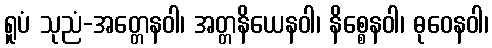
ရူပံ သုညံ-အတ္တေနဝါ၊ အတ္တနိယေနဝါ၊ နိစ္စေနဝါ၊ ဓုဝေနဝါ၊